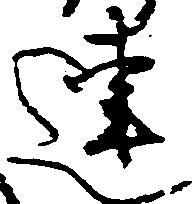
連